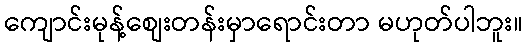
ကျောင်းမုန့်စျေးတန်းမှာရောင်းတာ မဟုတ်ပါဘူး။